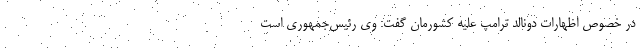
در خصوص اظهارات دونالد ترامپ علیه کشورمان گفت: وی رئیس‌جمهوری است